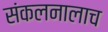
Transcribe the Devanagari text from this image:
संकलनालाच